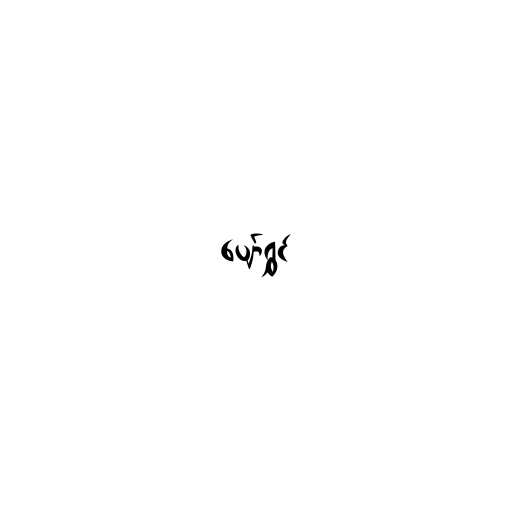
ပျော်ရွှင်